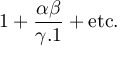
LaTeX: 1 + { \frac { \alpha \beta } { \gamma . 1 } } + { \mathrm { e t c . } }